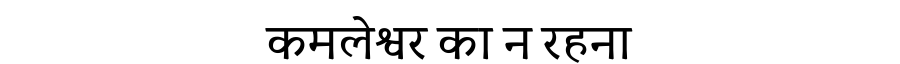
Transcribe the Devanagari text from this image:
कमलेश्वर का न रहना